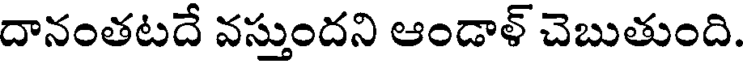
దానంతటదే వస్తుందని ఆండాళ్ చెబుతుంది.